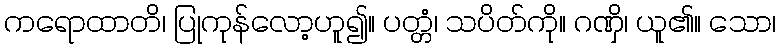
ကရောထာတိ၊ ပြုကုန်လော့ဟူ၍။ ပတ္တံ၊ သပိတ်ကို။ ဂဏှိ၊ ယူ၏။ သော၊